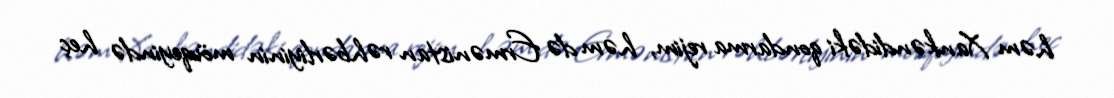
həm Xankəndidəki qondarma rejim, həm də Ermənistan rəhbərliyinin mövqeyində heç